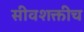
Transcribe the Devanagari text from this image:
सीवशक्तीच